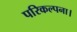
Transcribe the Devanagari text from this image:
परिकल्पना।